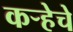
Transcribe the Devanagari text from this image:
कर्‍हेचे